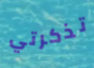
تذكرتي